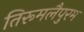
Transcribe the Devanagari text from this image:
तिरूमलैपुरम